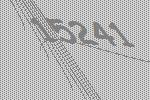
15241